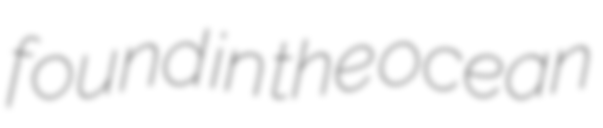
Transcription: found in the ocean